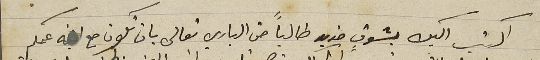
اكتب اليك بشوقٍ قوي طالبًا من الباري تعالى بان تكون مع ابنه عمكم